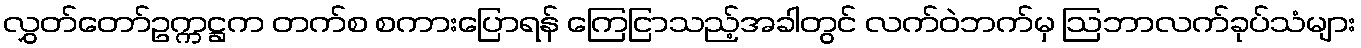
လွှတ်တော်ဥက္ကဋ္ဌက တက်စ စကားပြောရန် ကြေငြာသည့်အခါတွင် လက်ဝဲဘက်မှ ဩဘာလက်ခုပ်သံများ